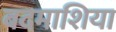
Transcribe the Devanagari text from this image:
बदमाशिया